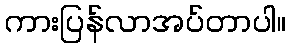
ကားပြန်လာအပ်တာပါ။